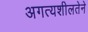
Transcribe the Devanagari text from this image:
अगत्यशीलतेने